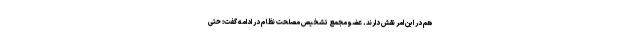
هم در این امر نقش دارند. عضو مجمع تشخیص مصلحت نظام در ادامه گفت: حتی